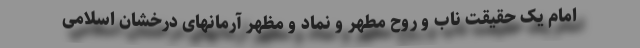
امام یک حقیقت ناب و روح مطهر و نماد و مظهر آرمانهای درخشان اسلامی